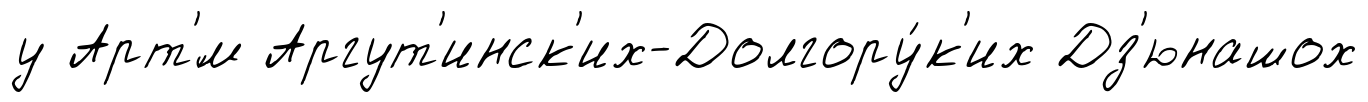
у Арт'́м Аргут'инск'их-Долгору́к'их Дз'юнашох